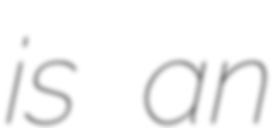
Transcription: is an